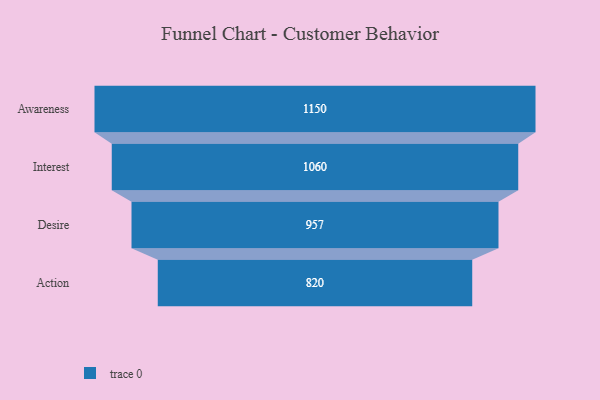
{"axis": {"x": "Stage", "y": "Value"}, "legend": [""], "data": [{"x": "Awareness", "y": 1150.0, "type": ""}, {"x": "Interest", "y": 1060.0, "type": ""}, {"x": "Desire", "y": 957.0, "type": ""}, {"x": "Action", "y": 820.0, "type": ""}]}